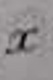
$x$